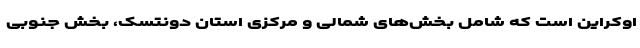
اوکراین است که شامل بخش‌های شمالی و مرکزی استان دونتسک، بخش جنوبی